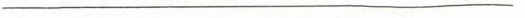
___